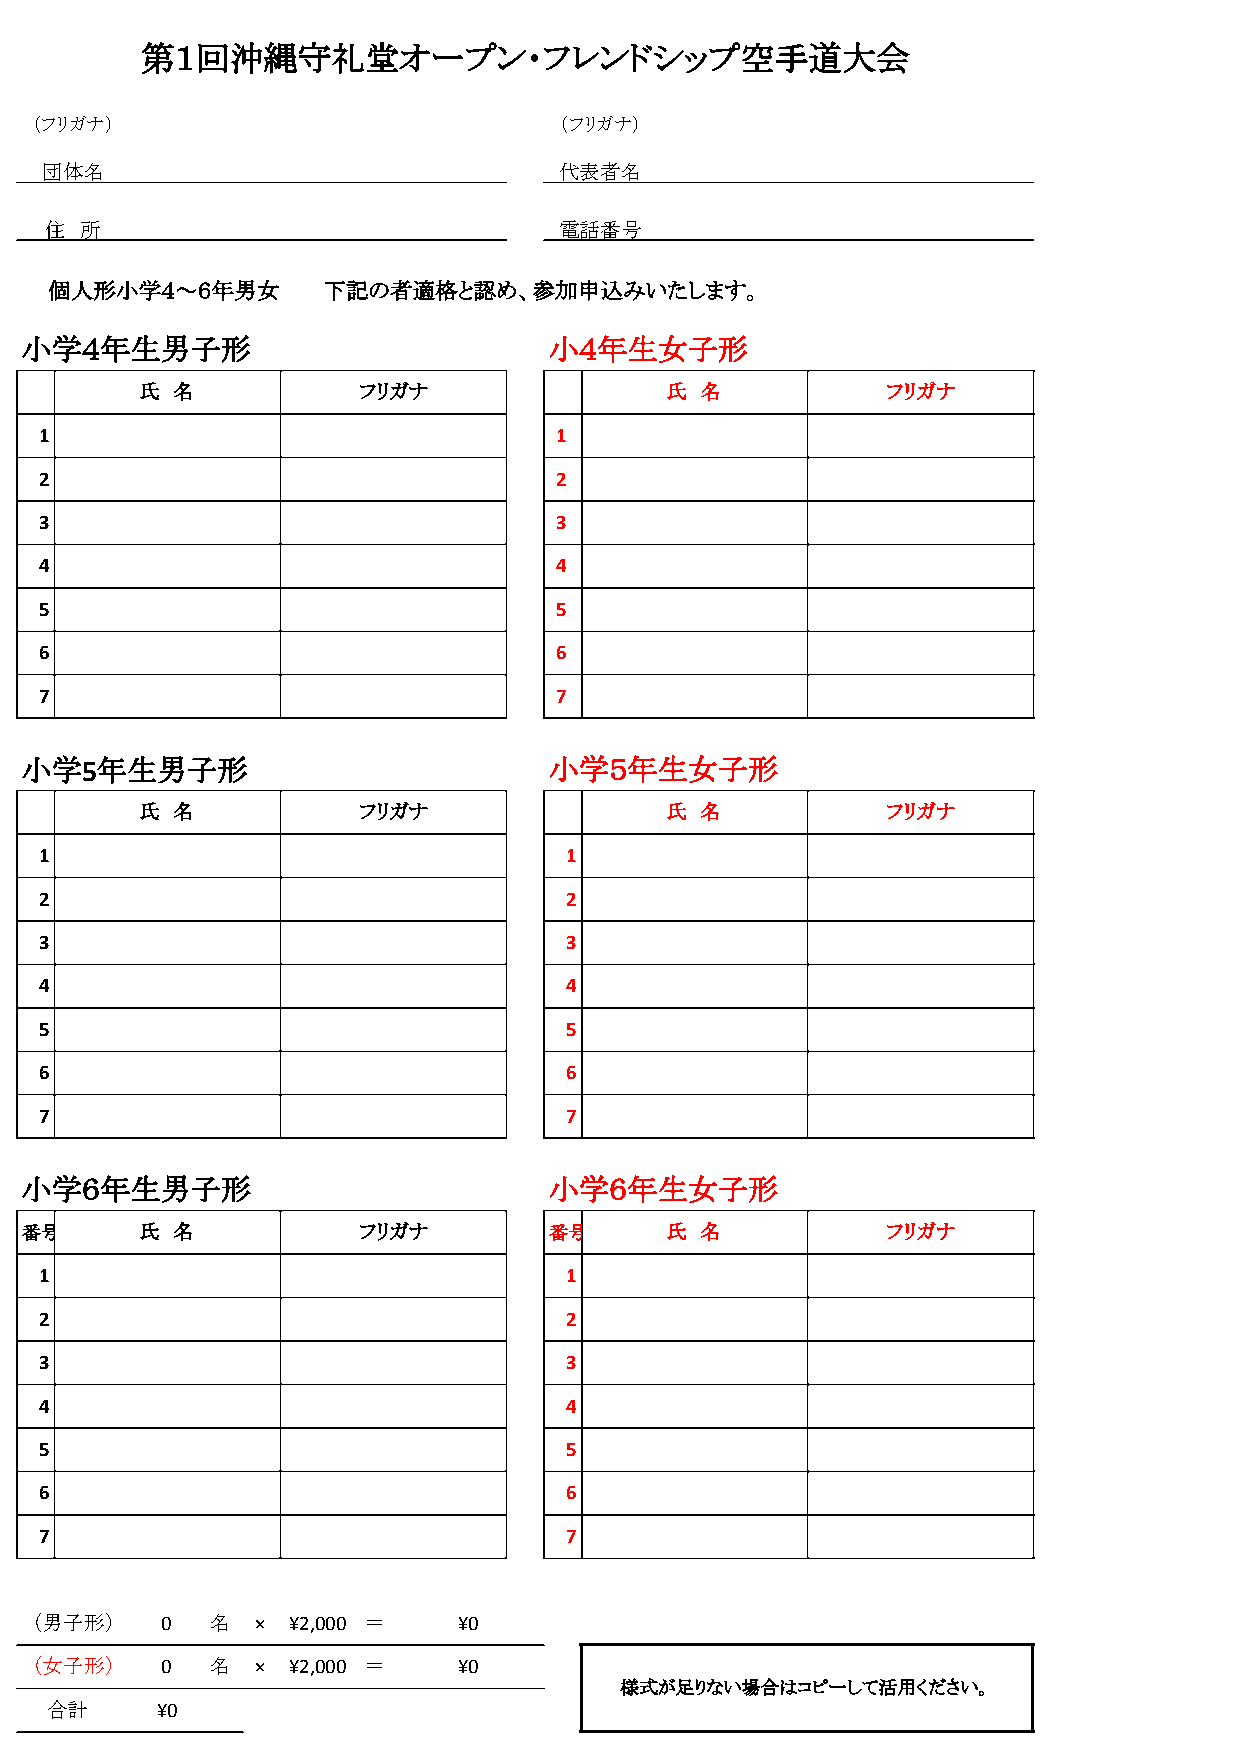
第１回沖縄守礼堂オープン・フレンドシップ空手道大会
 （フリガナ）                             （フリガナ）
 団体名                               代表者名
 住 所                               電話番号
 個人形小学４～６年男女       下記の者適格と認め、参加申込みいたします。
 小学４年生男子形                           小４年生女子形
 氏  名           フリガナ                氏 名            フリガナ
 1                                 1
 2                                 2
 3                                 3
 4                                 4
 5                                 5
 6                                 6
 7                                 7
 小学5年生男子形                           小学５年生女子形
 氏  名           フリガナ                氏 名            フリガナ
 1                                 1
 2                                 2
 3                                 3
 4                                 4
 5                                 5
 6                                 6
 7                                 7
 小学６年生男子形                           小学６年生女子形
 番号      氏  名           フリガナ        番号      氏 名            フリガナ
 1                                 1
 2                                 2
 3                                 3
 4                                 4
 5                                 5
 6                                 6
 7                                 7
 （男子形）    0  名  × ¥2,000 ＝   ¥0
 （女子形）    0  名  × ¥2,000 ＝   ¥0
 様式が足りない場合はコピーして活用ください。
 合計     ¥0